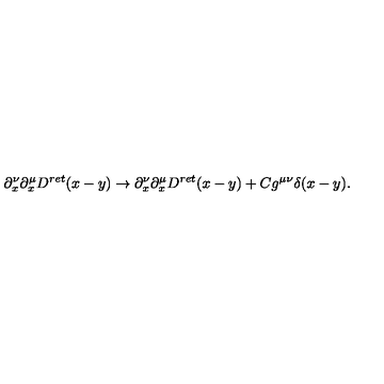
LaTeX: \partial _ { x } ^ { \nu } \partial _ { x } ^ { \mu } D ^ { r e t } ( x - y ) \rightarrow \partial _ { x } ^ { \nu } \partial _ { x } ^ { \mu } D ^ { r e t } ( x - y ) + C g ^ { \mu \nu } \delta ( x - y ) .